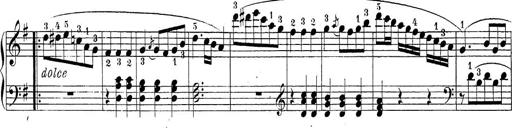
Title: Sonatina Album
Composer: Louis KÃ¶hler